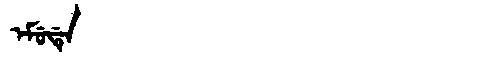
Manchu: ᡝᠮᡠᡩᡝ
Romanization: EMUDE